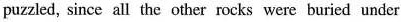
puzzled, since all the other rocks were buried under